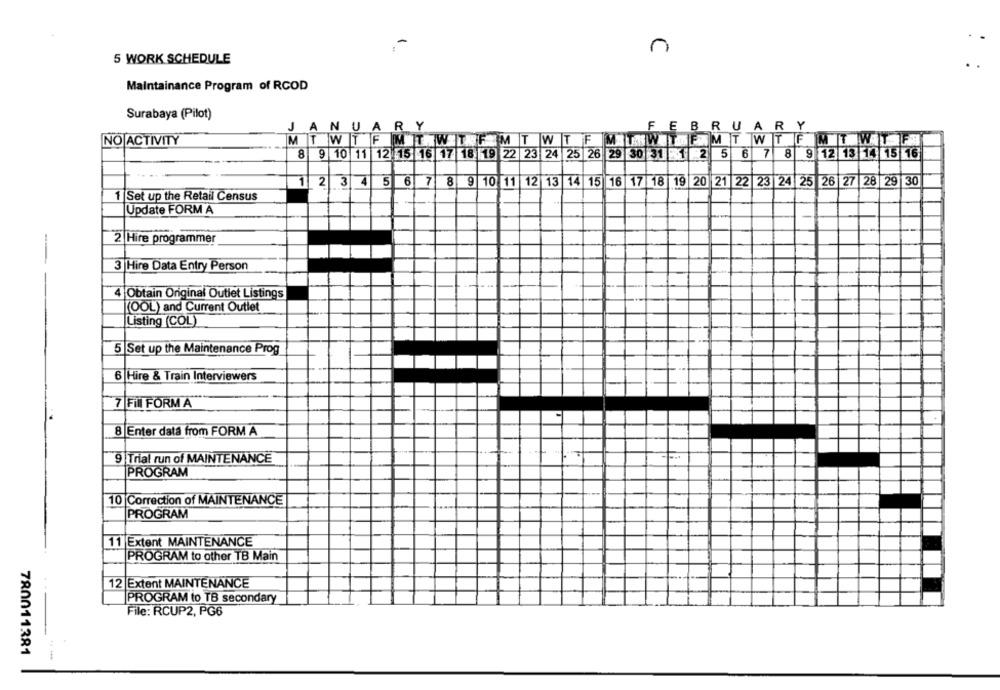
5 WORK SCHEDULE
Maintainance Program of RCOD
Surabaya (Pilot)
JANUARY
FEBRUARY
NO ACTIVITY
IM T WIT FH
8 9 10 11 12 15 16 17 18 19 22 23 24 25 26 29 30 31 1 2 5 6 7
8 9 12 13 14 15 16
1 2 3 4 5 6 7 8 9 10 11 12 13 14 15 16 17 18 19 20 21 22 23 24 25 26 27 28 29 30
1 Set up the Retail Census
Update FORM A
-
2 Hire programmer
3 Hire Data Entry Person
4 Obtain Original Outlet Listings
(OOL) and Current Outlet
Listing (COL)
5 Set up the Maintenance Prog
6 Hire & Train Interviewers
7 Fill FORMA
8 Enter data from FORM A
9 Trial run of MAINTENANCE
PROGRAM
10 Correction of MAINTENANCE
PROGRAM
11 Extent MAINTENANCE
PROGRAM to other TB Main
12 Extent MAINTENANCE
PROGRAM to TB secondary
File: RCUP2, PG6
780011381